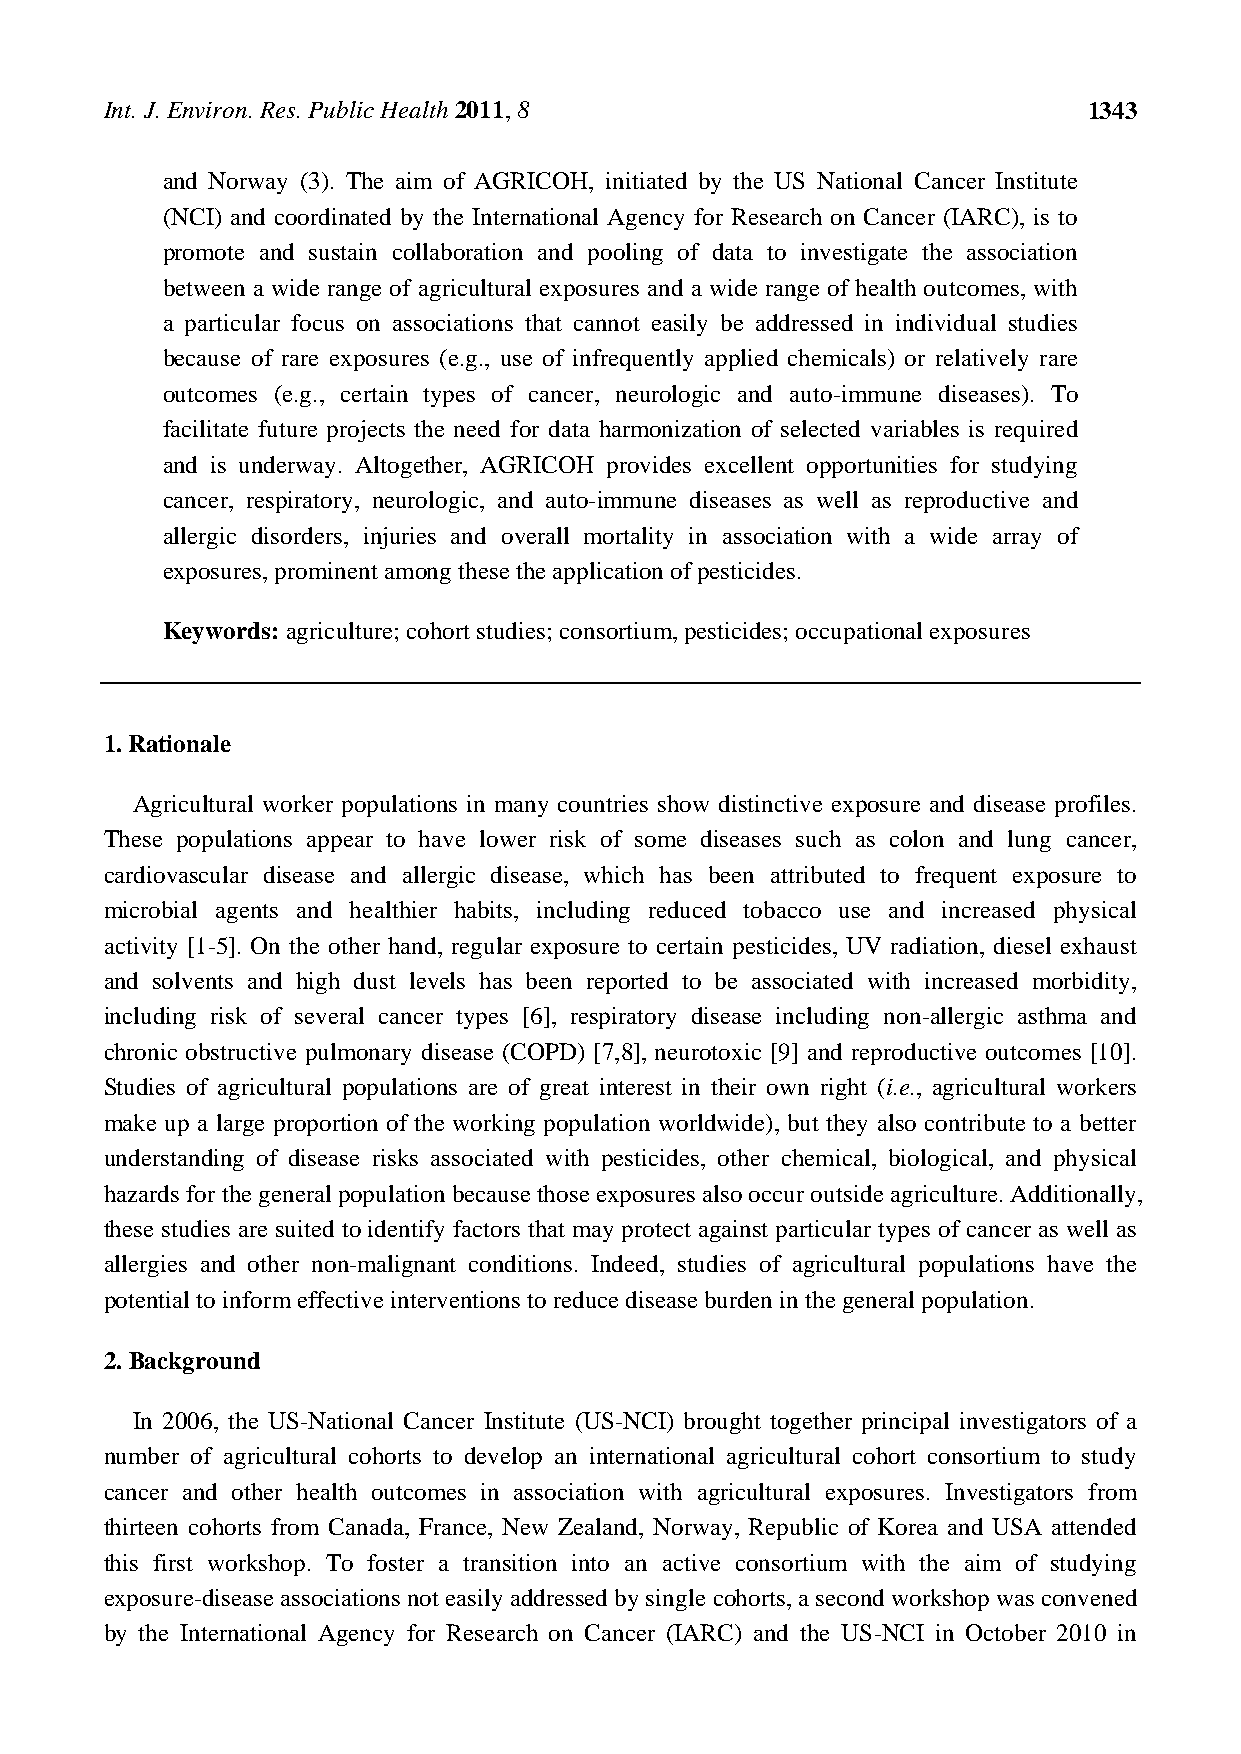
Int. J. Environ. Res. Public Health 2011, 8                      1343
 and Norway (3). The aim of AGRICOH, initiated by the US National Cancer Institute
 (NCI) and coordinated by the International Agency for Research on Cancer (IARC), is to
 promote and sustain collaboration and pooling of data to investigate the association
 between a wide range of agricultural exposures and a wide range of health outcomes, with
 a particular focus on associations that cannot easily be addressed in individual studies
 because of rare exposures (e.g., use of infrequently applied chemicals) or relatively rare
 outcomes (e.g., certain types of cancer, neurologic and auto-immune diseases). To
 facilitate future projects the need for data harmonization of selected variables is required
 and is underway. Altogether, AGRICOH provides excellent opportunities for studying
 cancer, respiratory, neurologic, and auto-immune diseases as well as reproductive and
 allergic disorders, injuries and overall mortality in association with a wide array of
 exposures, prominent among these the application of pesticides.
 Keywords: agriculture; cohort studies; consortium, pesticides; occupational exposures
 1. Rationale
 Agricultural worker populations in many countries show distinctive exposure and disease profiles.
 These populations appear to have lower risk of some diseases such as colon and lung cancer,
 cardiovascular disease and allergic disease, which has been attributed to frequent exposure to
 microbial agents and healthier habits, including reduced tobacco use and increased physical
 activity [1-5]. On the other hand, regular exposure to certain pesticides, UV radiation, diesel exhaust
 and solvents and high dust levels has been reported to be associated with increased morbidity,
 including risk of several cancer types [6], respiratory disease including non-allergic asthma and
 chronic obstructive pulmonary disease (COPD) [7,8], neurotoxic [9] and reproductive outcomes [10].
 Studies of agricultural populations are of great interest in their own right (i.e., agricultural workers
 make up a large proportion of the working population worldwide), but they also contribute to a better
 understanding of disease risks associated with pesticides, other chemical, biological, and physical
 hazards for the general population because those exposures also occur outside agriculture. Additionally,
 these studies are suited to identify factors that may protect against particular types of cancer as well as
 allergies and other non-malignant conditions. Indeed, studies of agricultural populations have the
 potential to inform effective interventions to reduce disease burden in the general population.
 2. Background
 In 2006, the US-National Cancer Institute (US-NCI) brought together principal investigators of a
 number of agricultural cohorts to develop an international agricultural cohort consortium to study
 cancer and other health outcomes in association with agricultural exposures. Investigators from
 thirteen cohorts from Canada, France, New Zealand, Norway, Republic of Korea and USA attended
 this first workshop. To foster a transition into an active consortium with the aim of studying
 exposure-disease associations not easily addressed by single cohorts, a second workshop was convened
 by the International Agency for Research on Cancer (IARC) and the US-NCI in October 2010 in